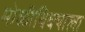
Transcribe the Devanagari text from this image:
मोळीविक्याला